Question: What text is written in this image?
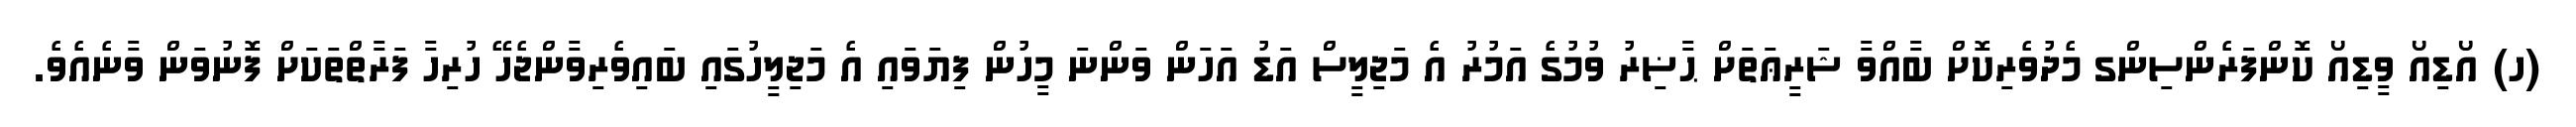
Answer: (ހ) އޯޑިއޯ ވީޑިއޯ ކޮންފަރެންސިންގ މެދުވެރިކޮށް ބާއްވާ ޝަރީޢަތަށް ޙާޟިރު ވުމުގެ އަމުރު އެ މަޖިލީސް އަޑު އަހަން ވަންނަ މީހުން ފިޔަވައި އެ މަޖިލީހުގައި ބައިވެރިވާންޖެހޭ ހުރިހާ ފަރާތްތަކަށް ފޮނުވަން ވާނެއެވެ.